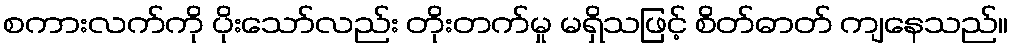
စကားလက်ကို ပိုးသော်လည်း တိုးတက်မှု မရှိသဖြင့် စိတ်ဓာတ် ကျနေသည်။